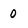
Character: 0